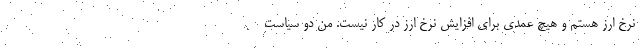
نرخ ارز هستم و هیچ عمدی برای افزایش نرخ ارز در کار نیست. من دو سیاست